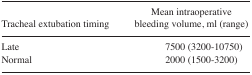
<table><thead><tr><td><b>Tracheal extubation timing</b></td><td><b>Mean intraoperative bleeding volume, ml (range)</b></td></tr></thead><tbody><tr><td>Late</td><td>7500 (3200–10750)</td></tr><tr><td>Normal</td><td>2000 (1500–3200)</td></tr></tbody></table>